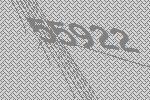
55922